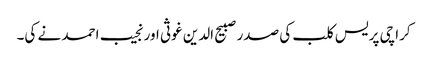
کراچی پریس کلب کی صدر صبیح الدین غوثی اور نجیب احمد نے کی۔